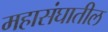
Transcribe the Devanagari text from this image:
महासंघातील